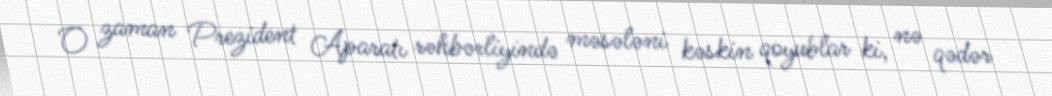
O zaman Prezident Aparatı rəhbərliyində məsələni kəskin qoyublar ki, nə qədər